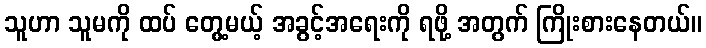
သူဟာ သူမကို ထပ် တွေ့မယ့် အခွင့်အရေးကို ရဖို့ အတွက် ကြိုးစားနေတယ်။